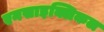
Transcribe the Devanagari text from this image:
एनसाइक्लिकल